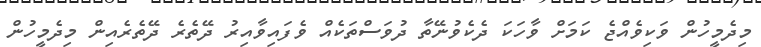
މިދެމީހުން ވަކިވެއްޖެ ކަމަށް ވާހަކަ ދެކެވުނޭތާ ދުވަސްތަކެއް ވެފައިވާއިރު ދޭތެރެ ދޭތެރެއިން މިދެމީހުން